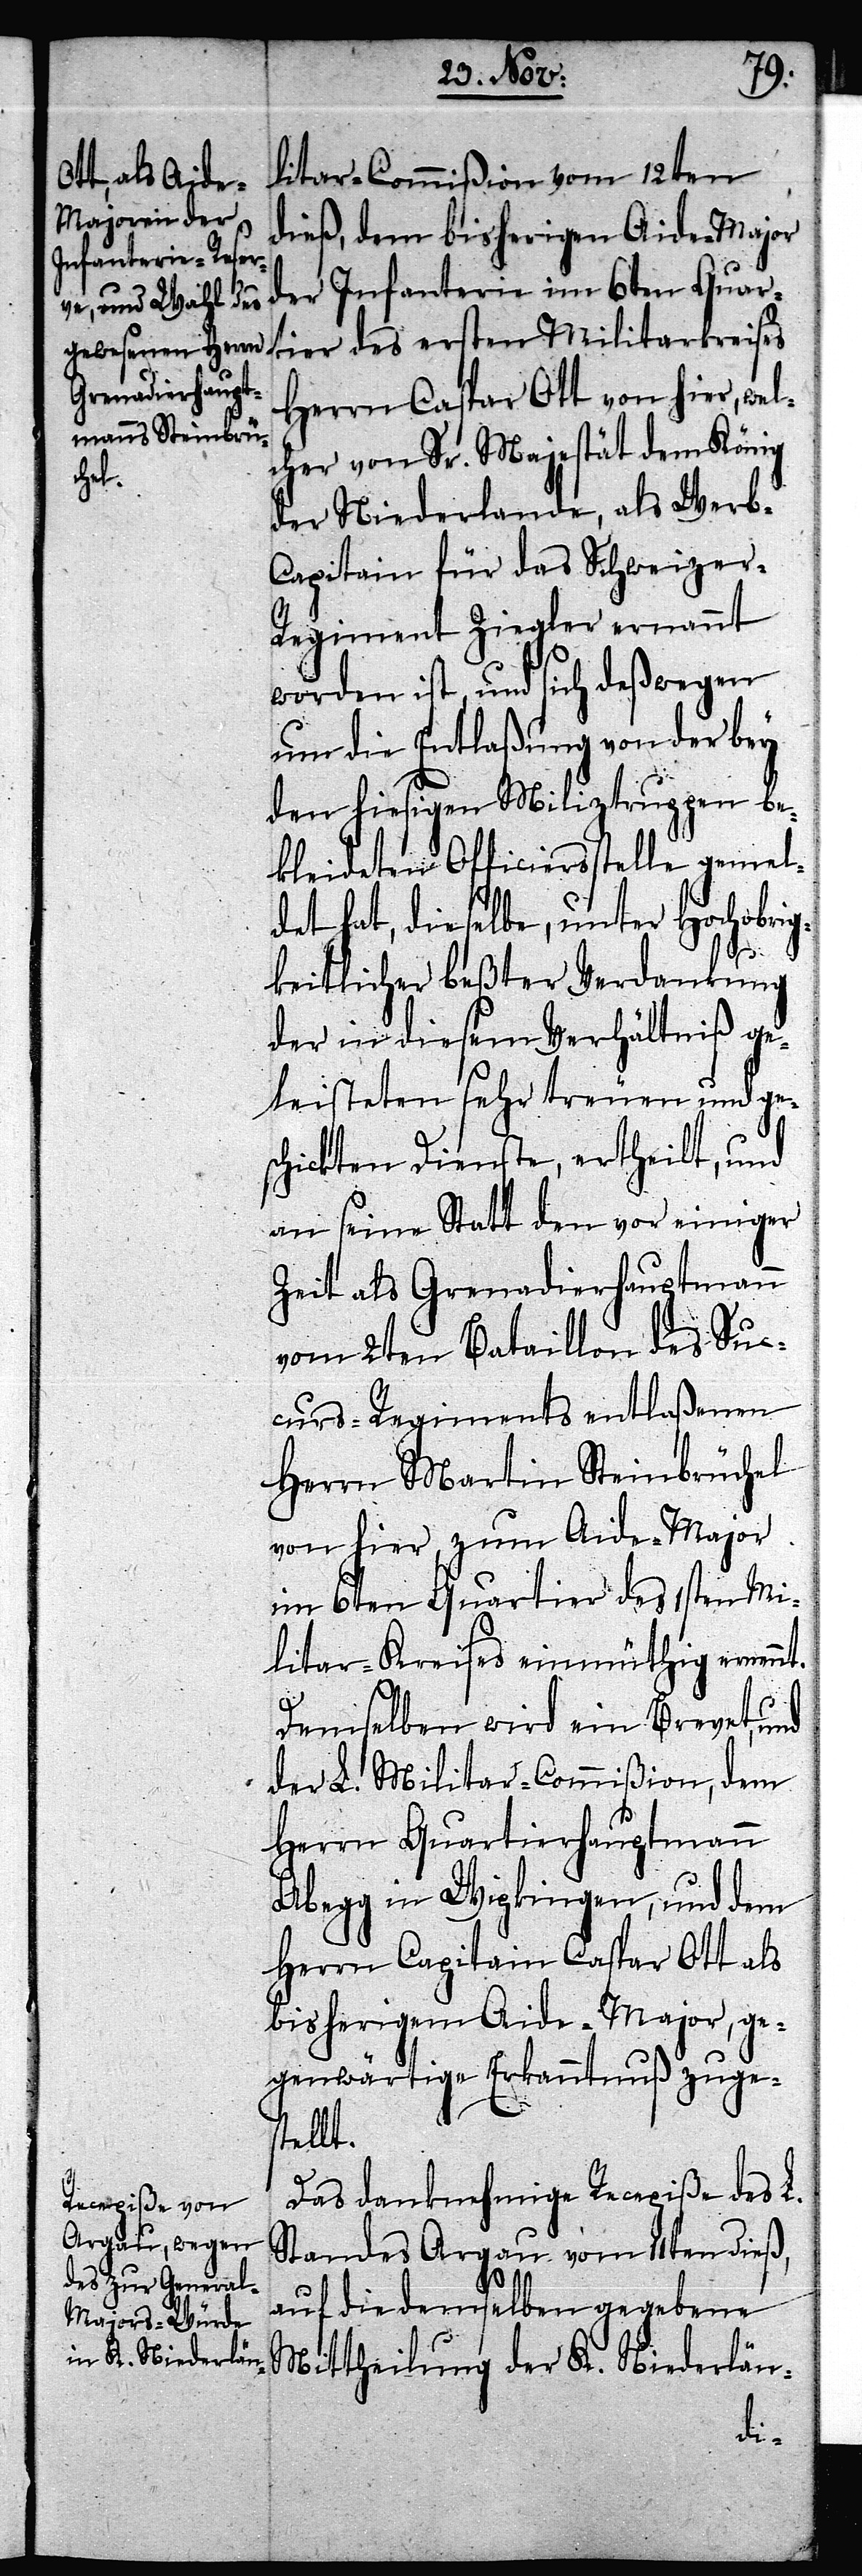
litar-Commißion vom 12ten
dieß, dem bisherigen Aide-Major
der Infanterie im 6ten Quart¬
ier des ersten
Herrn Caspar Ott von hier, wel¬
cher von Sr. Majestät dem König
der Niederlande, als Werb-C¬
apitain für das Schweizer-R¬
egiment Ziegler ernannt
worden ist, und sich deßwegen
um die Entlaßung von der bey
den hiesigen Miliztruppen be¬
kleideten Officiersstelle gemel¬
det hat, dieselbe, unter Hochobrig¬
nt.
keitlicher beßter Verdankung
der in diesem Verhältniß ge¬
leisteten sehr treuen und ge¬
schickten Dienste, ertheilt, und
an seine Statt den vor einiger
Zeit als Grenadierhauptmann
vom 2ten Bataillon des Suc¬
curs-Regiments entlaßenen
Herrn Martin Steinbrüchel
von hier, zum Aide-Major
im 6ten Quartier des 1sten Mi¬
litar-Kreises einmüthig ernan¬
Demselben wird ein Brevet, und
der L. Militar-Commißion, dem
Herrn Quartierhauptmann
Abegg in Wipkingen, und dem
Herrn Capitain Caspar Ott als
bisherigem Aide-Major, ge¬
genwärtige Erkanntnuß zuge¬
stellt.
Das danknehmige Recepiße des L.
Standes Argau vom 11ten dieß,
auf die demselben gegebene
Mittheilung der K. Niederlän-